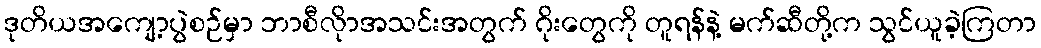
ဒုတိယအကျော့ပွဲစဉ်မှာ ဘာစီလိုာအသင်းအတွက် ဂိုးတွေကို တူရန်နဲ့ မက်ဆီတို့က သွင်ယူခဲ့ကြတာ